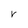
Character: r